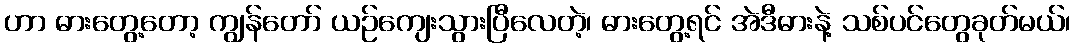
ဟာ ဓားတွေ့တော့ ကျွန်တော် ယဉ်ကျေးသွားပြီလေတဲ့၊ ဓားတွေ့ရင် အဲဒီဓားနဲ့ သစ်ပင်တွေခုတ်မယ်၊